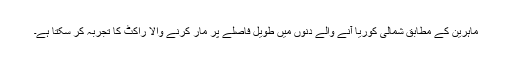
ماہرین کے مطابق شمالی کوریا آنے والے دنوں میں طویل فاصلے پر مار کرنے والا راکٹ کا تجربہ کر سکتا ہے۔